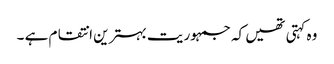
وہ کہتی تھیں کہ جمہوریت بہترین انتقام ہے ۔